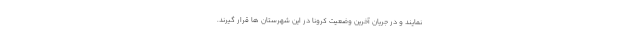
نمایند و در جریان آخرین وضعیت کرونا در این شهرستان ها قرار گیرند.